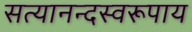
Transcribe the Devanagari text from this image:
सत्यानन्दस्वरूपाय